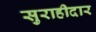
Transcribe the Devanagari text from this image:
सुराहीदार